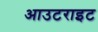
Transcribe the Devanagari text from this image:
आउटराइट